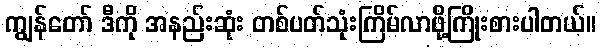
ကျွန်တော် ဒီကို အနည်းဆုံး တစ်ပတ်သုံးကြိမ်လာဖို့ကြိုးစားပါတယ်။